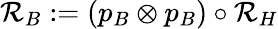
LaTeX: {\cal R}_{B}:=(p_{B}\otimes p_{B})\circ{\cal R}_{H}